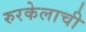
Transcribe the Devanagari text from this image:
रुरकेलाची